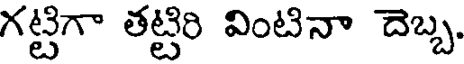
గట్టిగా తట్టిరి వింటినా దెబ్బ.